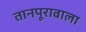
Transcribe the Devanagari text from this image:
तानपूरावाला